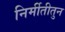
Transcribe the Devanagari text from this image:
निर्मीतीतुन